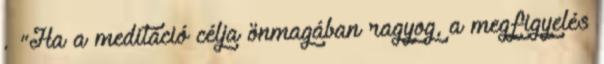
. "Ha a meditáció célja önmagában ragyog, a megfigyelés